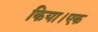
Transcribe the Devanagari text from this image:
किया।एक